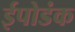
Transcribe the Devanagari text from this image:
ईपोडंक